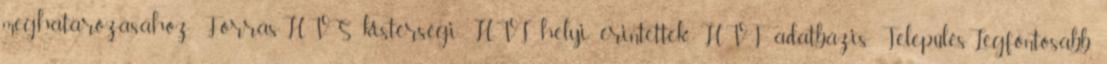
meghatározásához Forrás:HVS kistérségi HVI, helyi érintettek, HVT adatbázis TelepülésLegfontosabb